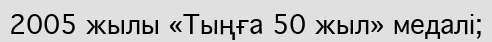
2005 жылы «Тыңға 50 жыл» медалі;